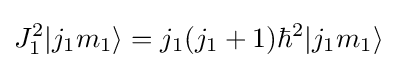
J_{1}^{2}|j_{1}m_{1}\rangle =j_{1}(j_{1}+1)\hbar ^{2}|j_{1}m_{1}\rangle